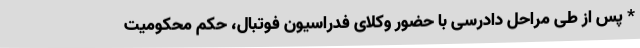
* پس از طی مراحل دادرسی با حضور وکلای فدراسیون فوتبال، حکم محکومیت